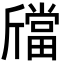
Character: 𣃉